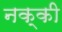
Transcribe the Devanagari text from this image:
नक्‍की